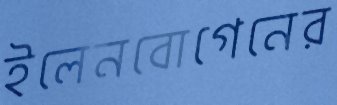
ইলেনবোগেনের